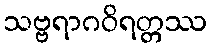
သဗ္ဗရာဂဝိရတ္တဿ